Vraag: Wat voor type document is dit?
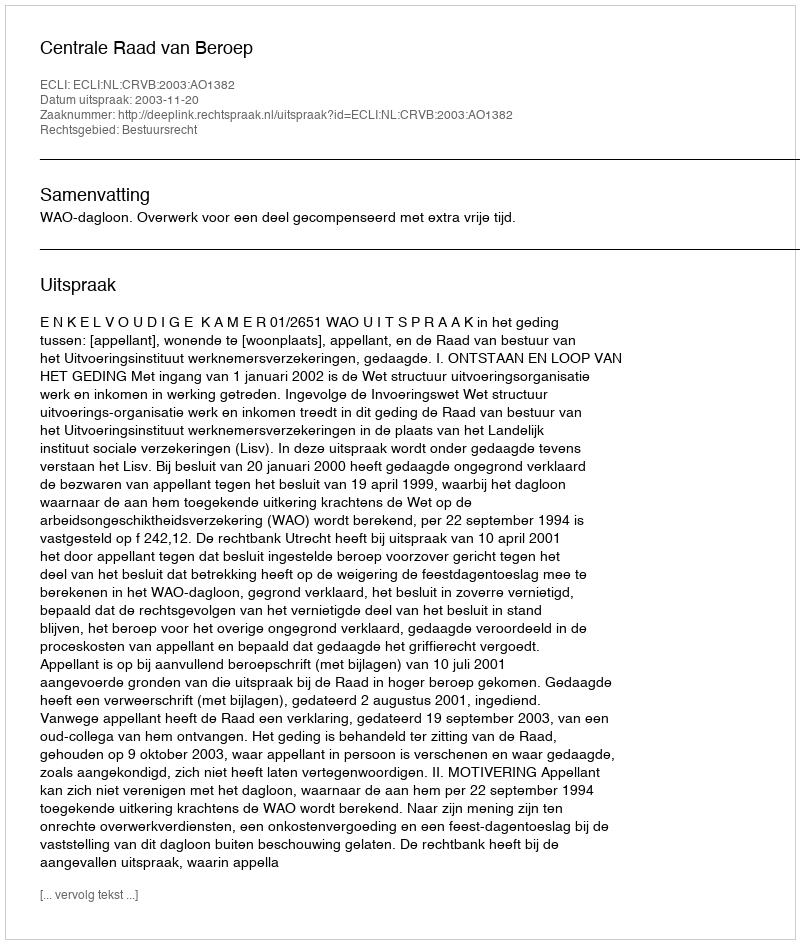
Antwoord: Uitspraak